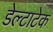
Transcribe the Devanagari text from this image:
डेल्टाटेक